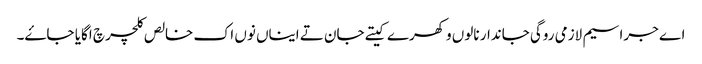
اے جراسیم لازمی روگی جاندار نالوں وکھرے کیتے جان تے ایناں نوں اک خالص کلچر چ اگایا جاۓ۔